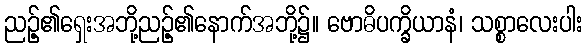
ညဉ့်၏ရှေးအဘို့ညဉ့်၏နောက်အဘို့၌။ ဗောဓိပက္ခိယာနံ၊ သစ္စာလေးပါး